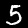
Digit: 5